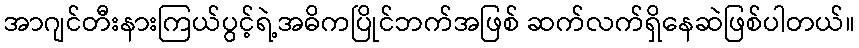
အာဂျင်တီးနားကြယ်ပွင့်ရဲ့အဓိကပြိုင်ဘက်အဖြစ် ဆက်လက်ရှိနေဆဲဖြစ်ပါတယ်။